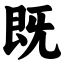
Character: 既